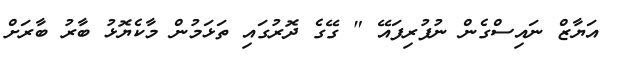
އަޔާޒް ނައިސްގެން ނުފުރިފައޭ " ގޭގެ ދޮރުގައި ތަޅަމުން މާކެޔޮޅު ބާރު ބާރަށް